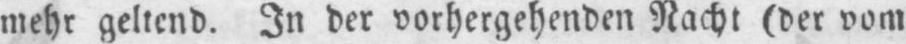
mehr geltend. In der vorhergehenden Nacht (der vom